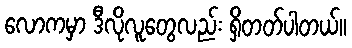
လောကမှာ ဒီလိုလူတွေလည်း ရှိတတ်ပါတယ်။